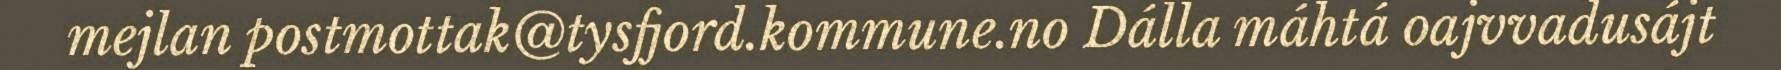
mejlan postmottak@tysfjord.kommune.no Dálla máhtá oajvvadusájt